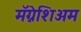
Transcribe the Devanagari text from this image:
मॅग्नेशिअम